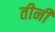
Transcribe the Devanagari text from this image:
तीनी